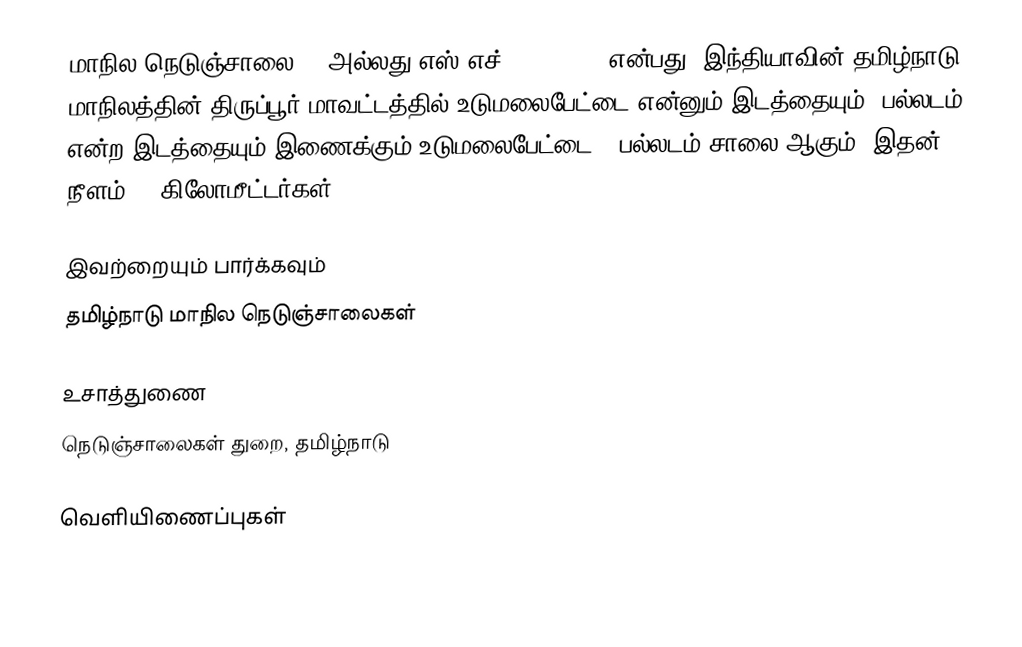
மாநில நெடுஞ்சாலை 97 அல்லது எஸ்.எச்-97 (SH 97) என்பது, இந்தியாவின் தமிழ்நாடு மாநிலத்தின் திருப்பூர் மாவட்டத்தில் உடுமலைபேட்டை என்னும் இடத்தையும், பல்லடம் என்ற இடத்தையும் இணைக்கும் உடுமலைபேட்டை - பல்லடம் சாலை ஆகும். இதன் நீளம் 45  கிலோமீட்டர்கள் .

இவற்றையும் பார்க்கவும்
 தமிழ்நாடு மாநில நெடுஞ்சாலைகள்

உசாத்துணை
 நெடுஞ்சாலைகள் துறை, தமிழ்நாடு

வெளியிணைப்புகள்